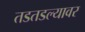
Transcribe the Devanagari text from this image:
तडतडल्यावर